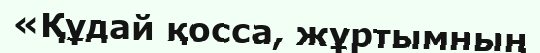
«Құдай қосса, жұртымның